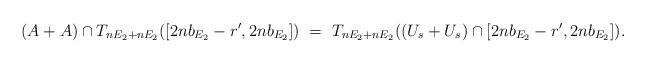
LaTeX: \begin{align*}(A+A) \cap T_{nE_2+nE_2}([2nb_{E_2}-r',2nb_{E_2}])\ =\ T_{nE_2+nE_2}((U_{s}+U_{s})\cap[2nb_{E_2}-r',2nb_{E_2}]).\end{align*}